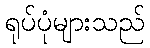
ရုပ်ပုံများသည်